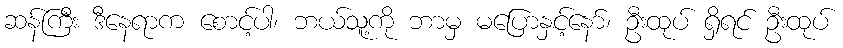
ဆန်ကြီး ဒီနေရာက စောင့်ပါ၊ ဘယ်သူ့ကို ဘာမှ မပြောနှင့်နော်၊ ဦးထုပ် ရှိရင် ဦးထုပ်